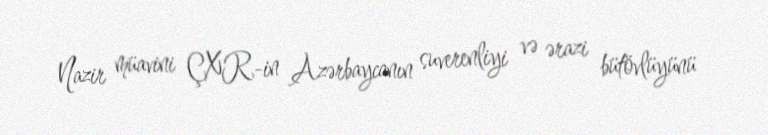
Nazir müavini ÇXR-in Azərbaycanın suverenliyi və ərazi bütövlüyünü